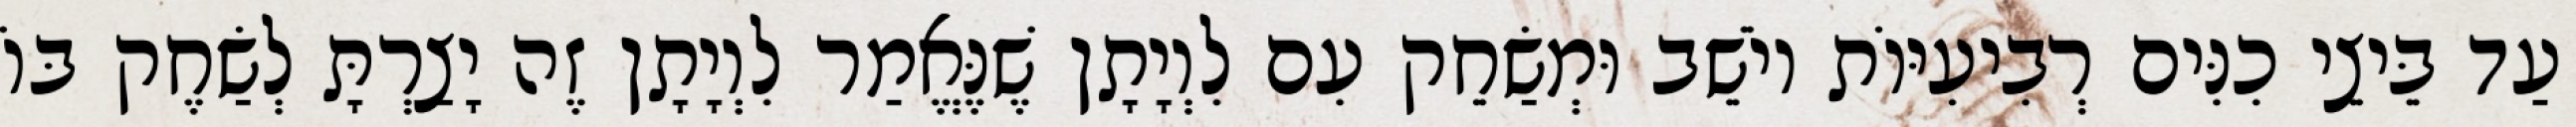
עַד בֵּיצֵי כִנִּים רְבִיעִיּוֹת יוֹשֵׁב וּמְשַׂחֵק עִם לִוְיָתָן שֶׁנֶּאֱמַר לִוְיָתָן זֶה יָצַרְתָּ לְשַׂחֶק בּוֹ